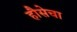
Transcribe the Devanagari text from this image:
हौसेचा